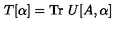
T [ \alpha ] = \mathrm { T r } \ U [ A , \alpha ]